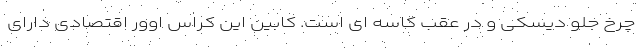
چرخ جلو دیسکی و در عقب کاسه ای است. کابین این کراس اوور اقتصادی دارای